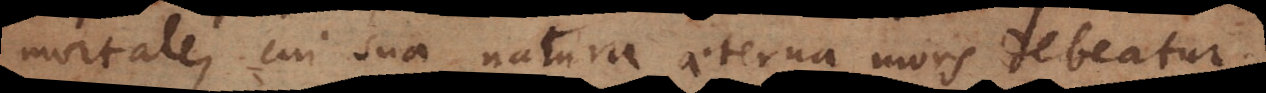
mortale, cui sua natura aeterna mors debeatur.